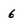
Character: 6